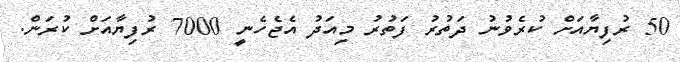
50 ރުފިޔާއަށް ކުރެވުނު ދަތުރު ފަތުރު މިއަދު އެޖެހެނީ 7000 ރުފިޔާއަށް ކުރަން.